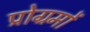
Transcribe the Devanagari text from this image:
प्रोग्रमों